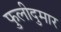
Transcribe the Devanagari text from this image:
फुलीदुमार